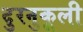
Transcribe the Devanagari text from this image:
दुरनुकूली